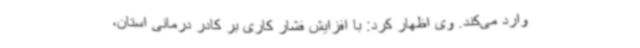
وارد می‌کند. وی اظهار کرد: با افزایش فشار کاری بر کادر درمانی استان،